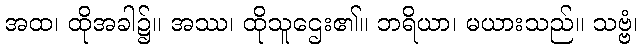
အထ၊ ထိုအခါ၌။ အဿ၊ ထိုသူဌေး၏။ ဘရိယာ၊ မယားသည်။ သဗ္ဗံ၊